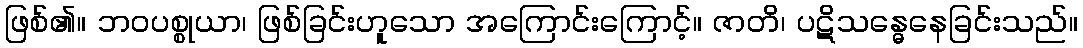
ဖြစ်၏။ ဘဝပစ္စုယာ၊ ဖြစ်ခြင်းဟူသော အကြောင်းကြောင့်။ ဇာတိ၊ ပဋိသန္ဓေနေခြင်းသည်။